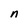
Character: n